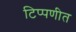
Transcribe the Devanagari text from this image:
टिप्पणीत